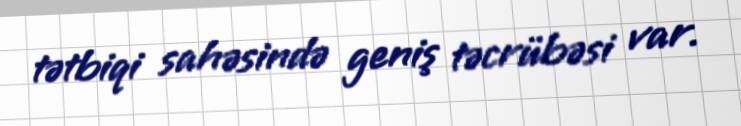
tətbiqi sahəsində geniş təcrübəsi var.